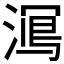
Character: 𱧿